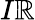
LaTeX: I\mathbb{R}